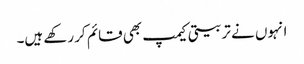
انہوں نے تربیتی کیمپ بھی قائم کر رکھے ہیں۔